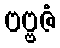
ဗဗ္ဗဇံ